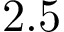
2 . 5